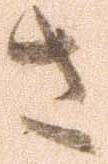
さ